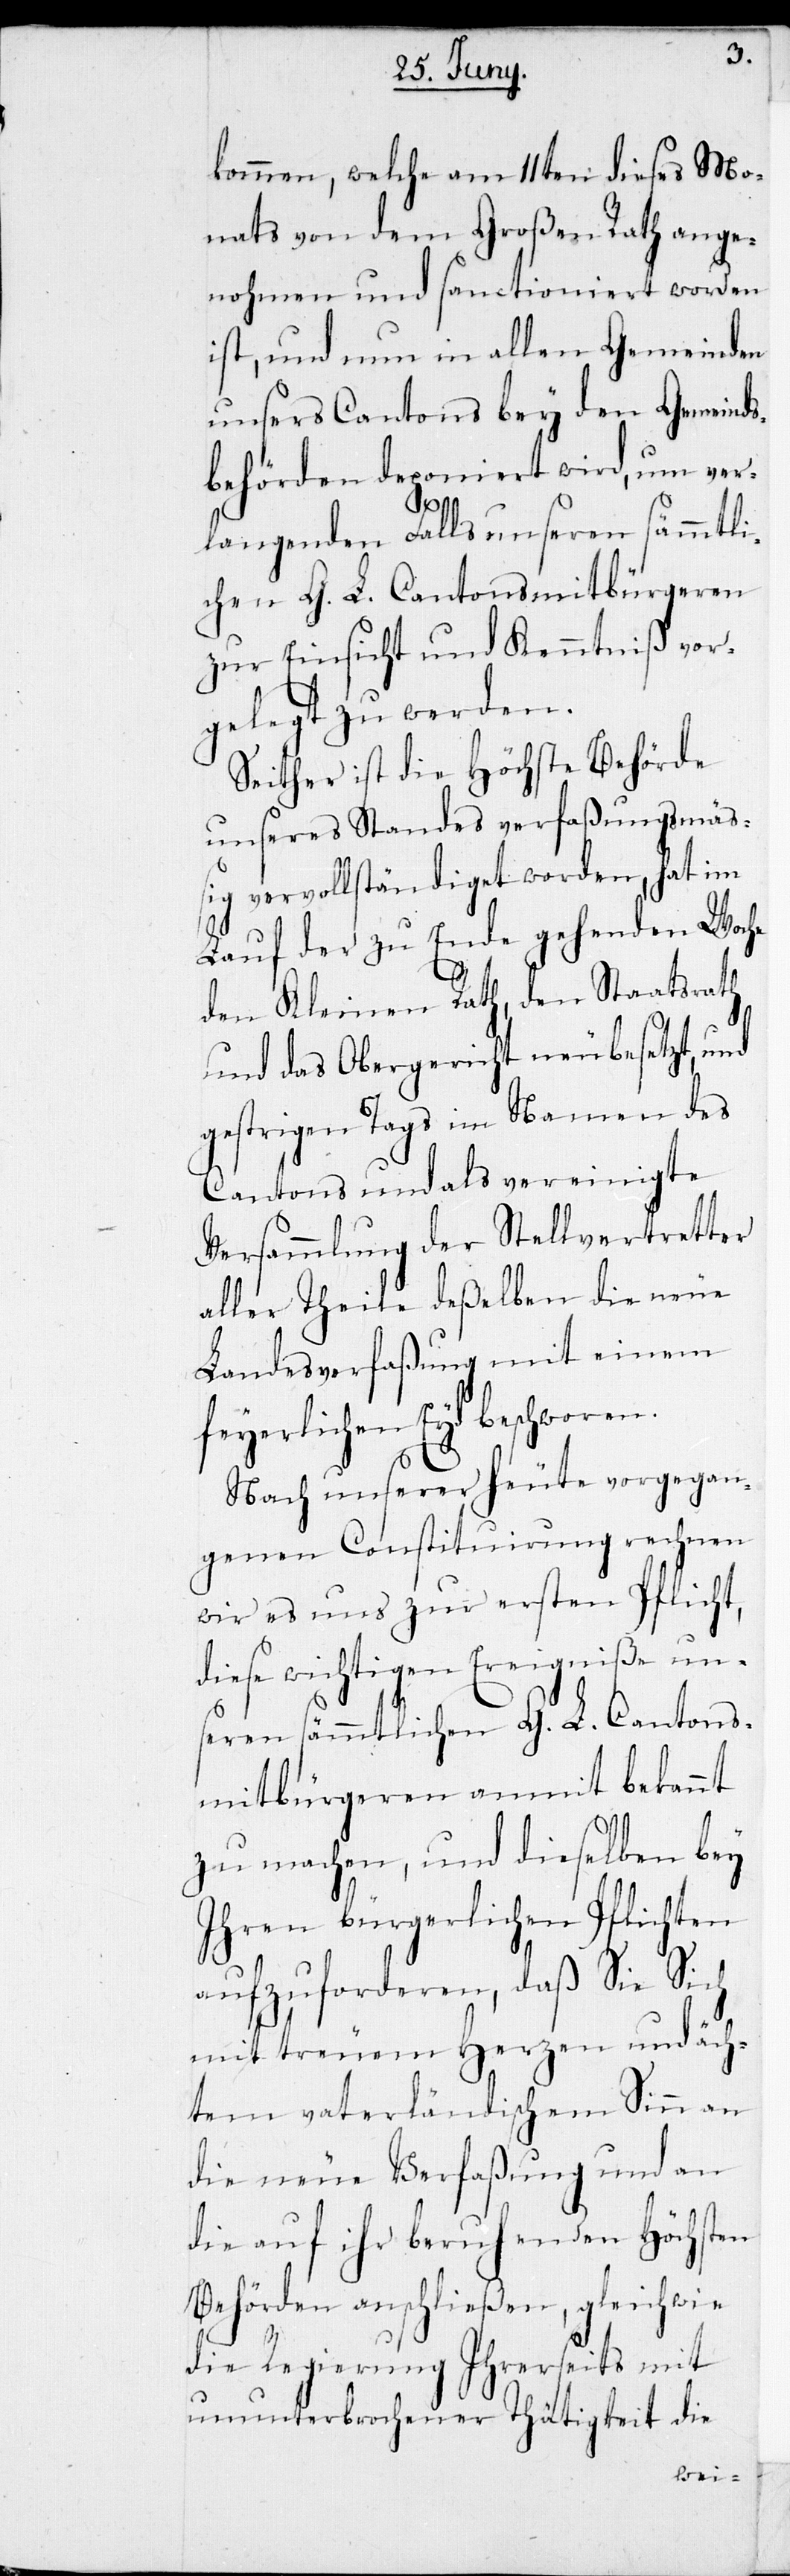
kommen, welche am 11ten dieses Mo¬
nats von dem Großen Rath ange¬
nohmen und sanctio¬
den
ist, und nun in al¬
antons¬
unsers Cantons bey
behörden deponiert
langenden Falls uns¬
zur Einsicht und Ken¬
gelegt zu werden.
Seither ist die Höchs¬
unseres Standes verf¬
ig vervollständiget worden,
it
Lauf der zu Ende gehen¬
den Kleinen Rath, den St¬
und das Obergericht neubesetzt, und
gestrigen Tags im Namen des
Cantons und als vereinigte
Versammlung der Stellvertretter
aller Theile deßelben die neue
Landesverfaßung mit einem
feyerlichen Eyd beschw¬
Nach unserer heute vorgegan¬
genen Constituirung rechnen
wir es uns zur ersten
diese wichtigen Ereig¬
seren sämmtlichen G. L. C¬
mitbürgeren anm¬
zu machen, und dieselben
ihren bürgerlichen
aufzuforderen, daß Sie Sich
mit treuem Herzen und äch¬
tem vaterländischem Sinn an
die neue Verfaßung und an
die auf ihr beruhenden Höchsten
Behörden anschließen, gleich wie
die Regierung Ihrerseits mit
ununterbrochener Thätigkeit die
bey